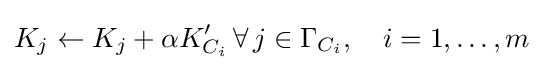
K_{j}\leftarrow K_{j}+\alpha K'_{C_{i}}\,\forall \,j\in \Gamma _{C_{i}},\quad i=1,\ldots ,m